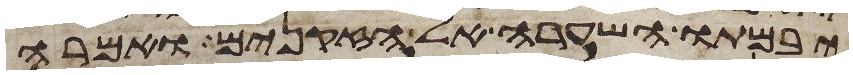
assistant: יבמתו השערה אל הזקנים ואמרה